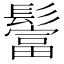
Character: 𩯅